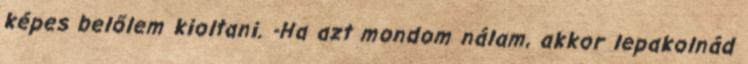
képes belőlem kioltani. -Ha azt mondom nálam, akkor lepakolnád